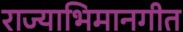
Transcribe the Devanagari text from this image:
राज्याभिमानगीत